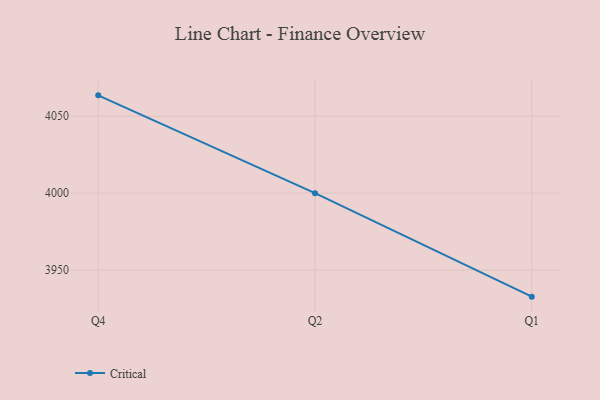
{"axis": {"x": "Quarter", "y": "Population (Million)"}, "legend": ["Critical"], "data": [{"x": "Q4", "y": 4063.6, "type": "Critical"}, {"x": "Q2", "y": 4000.0, "type": "Critical"}, {"x": "Q1", "y": 3932.7, "type": "Critical"}]}